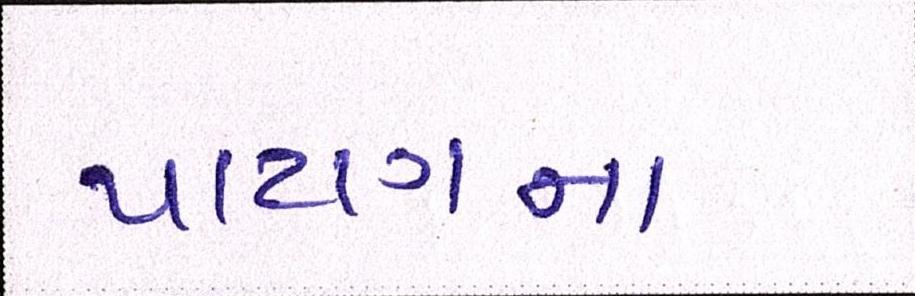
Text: પાટણના